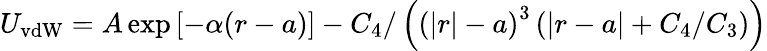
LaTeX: U_{\mathrm{vdW}}=A\exp\left[-\alpha(r-a)\right]-C_{4}/\left(\left(\left|r\right|-a\right)^{3}\left(\left|r-a\right|+C_{4}/C_{3}\right)\right)